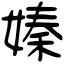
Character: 嫀